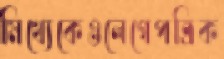
মিথ্যেকেওলেগেপত্রিক